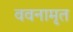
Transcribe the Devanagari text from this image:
ववनामृत